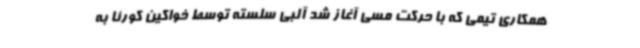
همکاری تیمی که با حرکت مسی آغاز شد آلبی سلسته توسط خواکین کورئا به